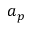
a _ { p }